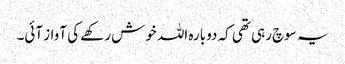
یہ سوچ رہی تھی کہ دوبارہ اللہ خوش رکھے کی آواز آئی۔